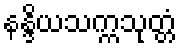
နန္ဒိယသက္ကသုတ္တံ